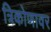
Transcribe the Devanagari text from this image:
त्रिकोणावर